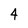
Character: 4